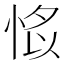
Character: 𢜁